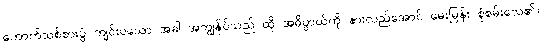
ကောက်သစ်စားပွဲ ကျင်းပသော အခါ အကျွန်ုပ်သည် ထို အဓိပ္ပာယ်ကို နားလည်အောင် မေးမြန်း စုံစမ်းလေ၏။